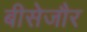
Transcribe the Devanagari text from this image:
बीसेजौर